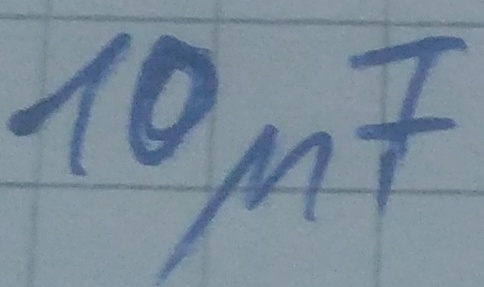
Text: 10µF